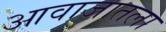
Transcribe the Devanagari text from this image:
आवाजातला